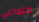
اجتماعي